Black-water fever - Number 35
Disease focus: Fever
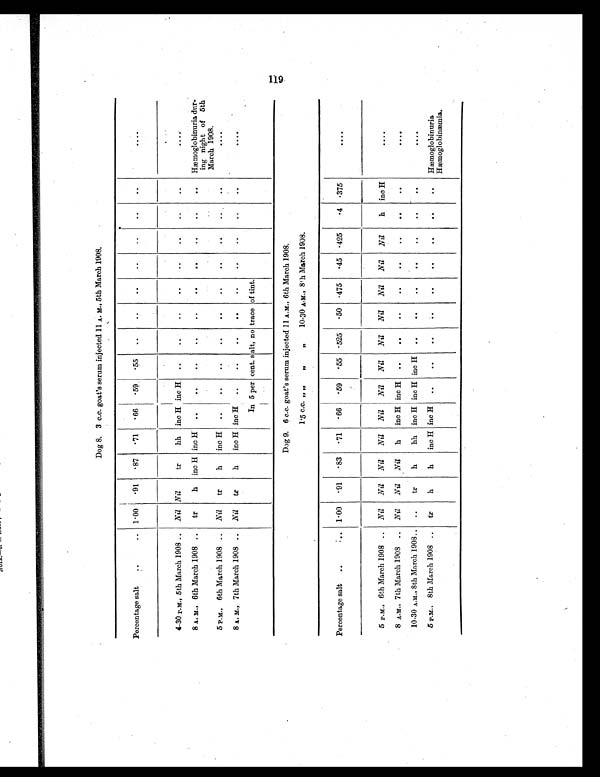
Dog 8. 3 c.c. goat's serum injected 11 A. M., 5th March 1908.
Percentage salt ..
.. 1.00 .91
. 87 .71 .66
. 59
. 5 5
. . . .
. .
..
..
..
..
....
4-30 P.M., 5th March 1908 .. Nil Nil
tr
hh inc H inc H ..
..
..
..
..
..
..
..
. . . .
8 A. M., 6th March 1908 .. tr
h inc H inc H ..
..
..
..
..
. .
. .
. . ..
.. Hæmoglobinuria dur-
ing night of 5th
March 1908.
5 P.M., 6th March 1908 .. Nil tr
h inc H ..
..
..
. .
..
..
..
. .
. . ..
. . . .
8 A. M., 7th March 1908 .. Nil tr
h inc H inc H ..
..
..
..
..
. . ..
..
..
. . . .
In 5 per cent. salt, no trace of tint.
Dog 9. 6 c.c. goat's serum injected 11 A.M., 6th March 1908.
1.5 c.c. „ „ „ „ 10-30 A.M., 8th March 1908.
Percentage salt ..
. . 1.00
. 91
. 83
. 71 .66 .59
. 55 .525
. 50 .475 .45 .425 .4 .375
....
5 P.M., 6th March 1908 .. Nil Nil Nil Nil Nil Nil Nil Nil Nil Nil Nil Nil
h inc H
. . . .
8 A.M., 7th March 1908 .. Nil Nil Nil h inc H inc H ..
..
..
..
..
..
..
..
....
10-30 A.M., 8th March 1908 .. .. tr h
hh inc H inc H inc H ..
..
..
..
..
..
..
. . . .
5 P.M., 8th March 1908.. tr h
h inc H inc H ..
..
.. ..
..
. .
. .
. . .. Hæmoglobinuria
Hæmoglobinæmia.
119